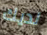
لديك